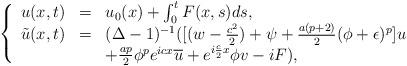
LaTeX: \begin{align*} \left\{\begin{array}{llllllll} u(x,t)&=&u_0(x)+\int_0^t F(x,s)ds,\\\tilde{u}(x,t)&=&(\Delta-1)^{-1}([(w-\frac{c^2}2)+\psi+\frac{a(p+2)}2(\phi+\epsilon)^p]u\\&&+\frac{ap}2\phi^pe^{icx}\overline{u}+e^{i\frac c2x}\phi v-iF), \end{array}\right.\end{align*}